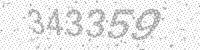
Solution: 343359